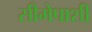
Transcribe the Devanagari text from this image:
सीमेपाशी